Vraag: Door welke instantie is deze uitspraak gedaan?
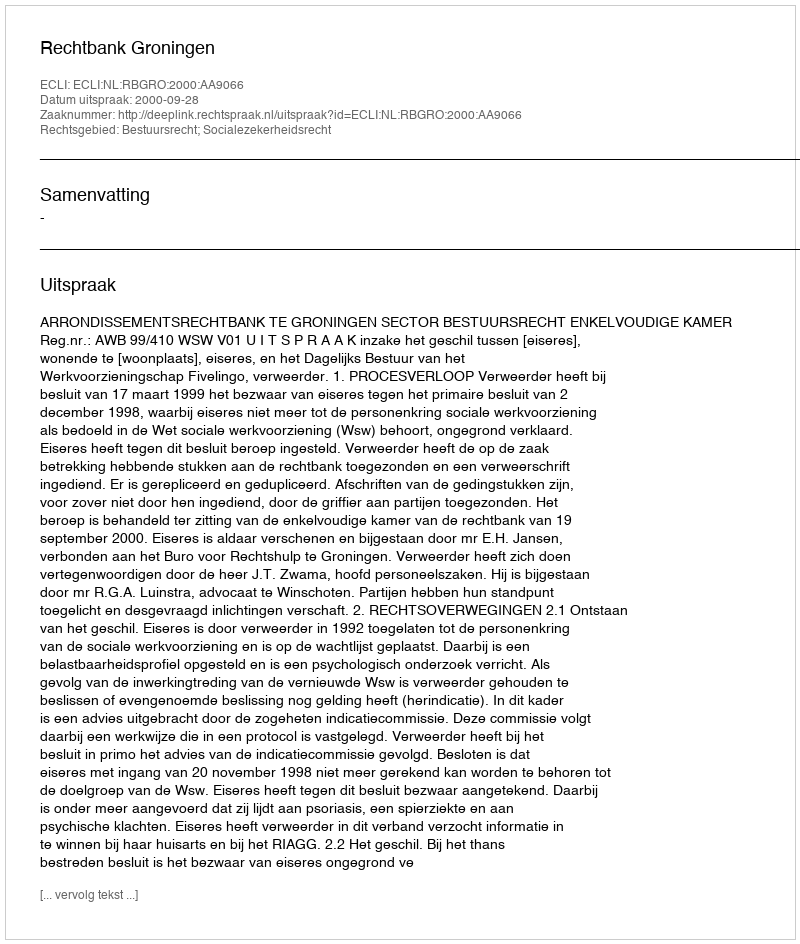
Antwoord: Rechtbank Groningen